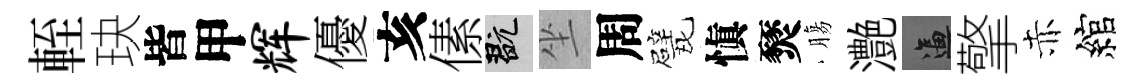
輊玦皆甲辉優亥傃玩坐周戏愼燹膓灔逼擎赤綰